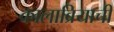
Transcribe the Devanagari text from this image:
कालाब्रियाची